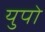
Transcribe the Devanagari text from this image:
युपो